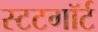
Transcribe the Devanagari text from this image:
स्टटगॉर्ट